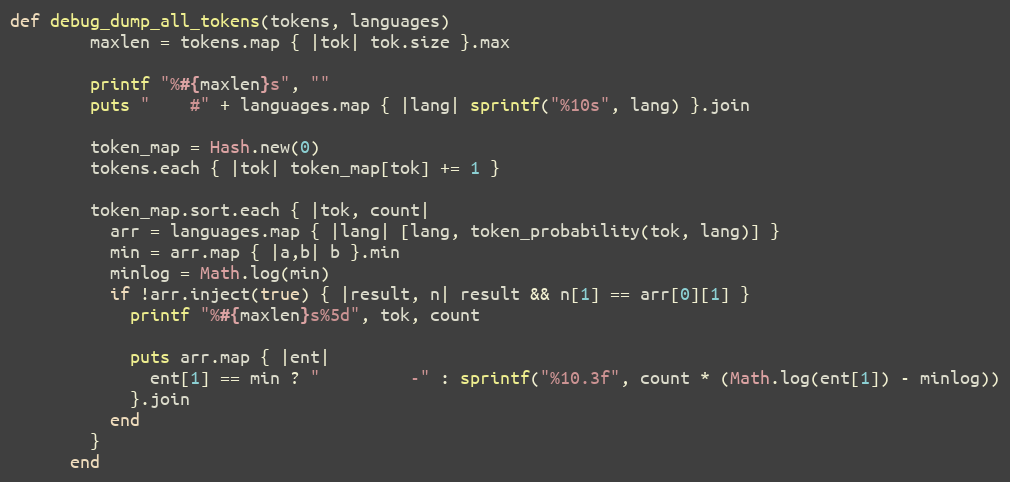
Language: Ruby
def debug_dump_all_tokens(tokens, languages)
        maxlen = tokens.map { |tok| tok.size }.max

        printf "%#{maxlen}s", ""
        puts "    #" + languages.map { |lang| sprintf("%10s", lang) }.join

        token_map = Hash.new(0)
        tokens.each { |tok| token_map[tok] += 1 }

        token_map.sort.each { |tok, count|
          arr = languages.map { |lang| [lang, token_probability(tok, lang)] }
          min = arr.map { |a,b| b }.min
          minlog = Math.log(min)
          if !arr.inject(true) { |result, n| result && n[1] == arr[0][1] }
            printf "%#{maxlen}s%5d", tok, count

            puts arr.map { |ent|
              ent[1] == min ? "         -" : sprintf("%10.3f", count * (Math.log(ent[1]) - minlog))
            }.join
          end
        }
      end